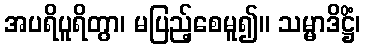
အပရိပူရိတွာ၊ မပြည့်စေမူ၍။ သမ္မာဒိဋ္ဌိံ၊